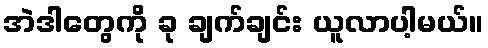
အဲဒါတွေကို ခု ချက်ချင်း ယူလာပါ့မယ်။